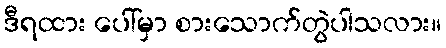
ဒီရထား ပေါ်မှာ စားသောက်တွဲပါသလား။